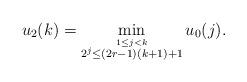
LaTeX: \begin{align*}u_2(k) = \min_{\stackrel{1 \leq j < k}{ 2^j \leq (2r-1)(k+1)+1 }} u_0(j).\end{align*}